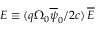
{ \cal E } \equiv ( q \Omega _ { 0 } \overline { { \psi } } _ { 0 } / 2 c ) \, \overline { { \cal E } }